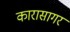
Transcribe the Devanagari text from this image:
कारासागर